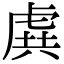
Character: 𧆾